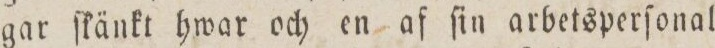
gar ſkänkt hwar och en af ſin arbetsperſonal